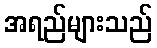
အရည်များသည်